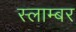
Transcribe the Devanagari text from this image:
स्लाम्बर